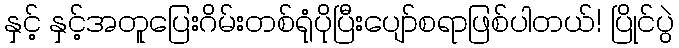
နှင့် နှင့်အတူပြေးဂိမ်းတစ်ရုံပိုပြီးပျော်စရာဖြစ်ပါတယ်! ပြိုင်ပွဲ